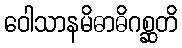
ဝေါသာနမိဓာဓိဂစ္ဆတိ